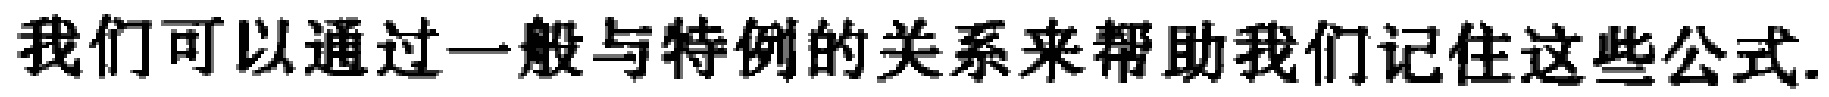
我们可以通过一般与特例的关系来帮助我们记住这些公式.